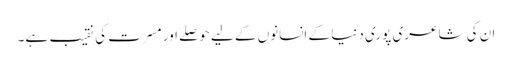
ان کی شاعری پوری دنیا کے انسانوں کے لیے حوصلے اور مسرت کی نقیب ہے۔